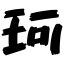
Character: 珂